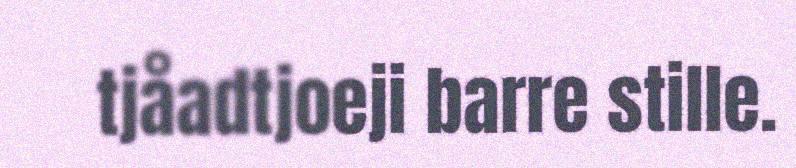
tjåadtjoeji barre stille.